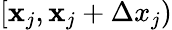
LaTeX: [\mathbf{x}_{j},\mathbf{x}_{j}+\Delta x_{j})